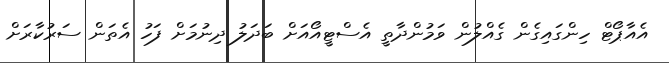
އެއާޕޯޓް ހިންގައިގެން ގެއްލުން ވަމުންދާތީ އެސްޓީއޯއަށް ބަދަލު ދިނުމަށް ފަހު އެތަން ސަރުކާރަށް